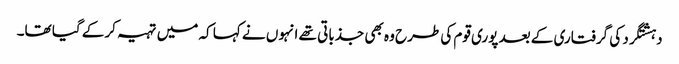
دہشتگرد کی گرفتاری کے بعد پوری قوم کی طرح وہ بھی جذباتی تھے انہوں نے کہا کہ میں تہیہ کرکے گیا تھا۔